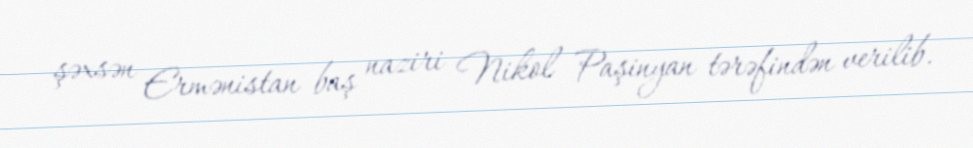
şəxsən Ermənistan baş naziri Nikol Paşinyan tərəfindən verilib.